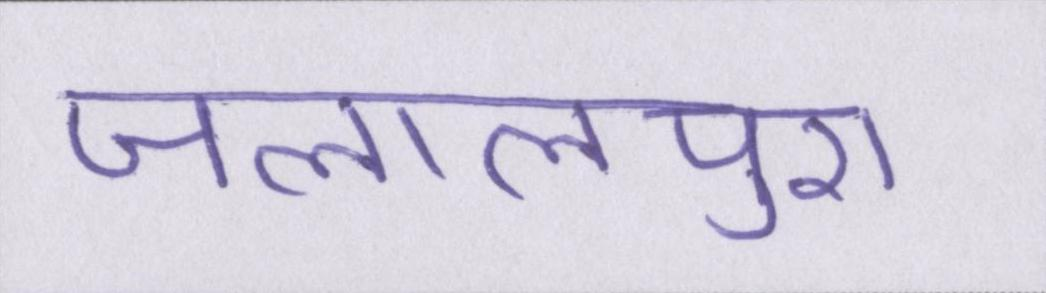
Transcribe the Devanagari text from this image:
जलालपुरा